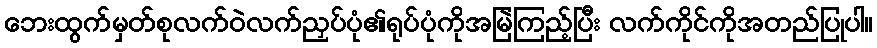
ဘေးထွက်မှတ်စုလက်ဝဲလက်ညှပ်ပုံ၏ရုပ်ပုံကိုအမြဲကြည့်ပြီး လက်ကိုင်ကိုအတည်ပြုပါ။